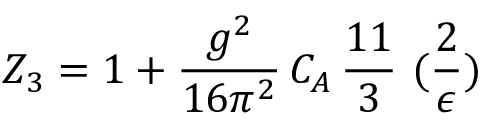
Z _ { 3 } = 1 + \frac { g ^ { 2 } } { 1 6 \pi ^ { 2 } } \, C _ { A } \, \frac { 1 1 } { 3 } \, \, ( \frac { 2 } { \epsilon } )